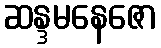
ဆန္ဒမနေဇော